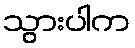
သွားပါက